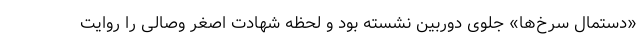
«دستمال سرخ‌ها» جلوی دوربین نشسته بود و لحظه شهادت اصغر وصالی را روایت